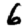
Digit: 6